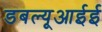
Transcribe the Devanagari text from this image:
डबल्यूआईई